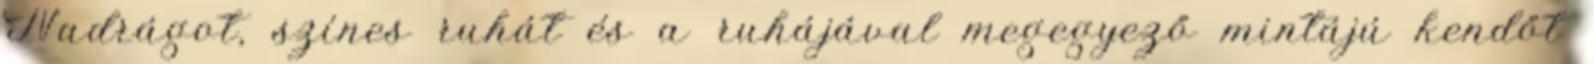
Nadrágot, színes ruhát és a ruhájával megegyező mintájú kendőt